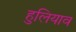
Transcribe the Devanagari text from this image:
हुलियाव